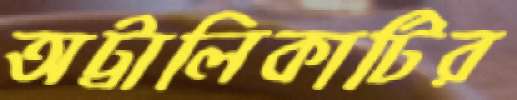
অট্টালিকাটির